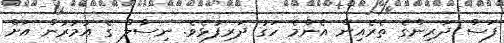
ފަސް ދަރިންގެ ތެރެއިން އެންމެ ހަގު ދަރިފުޅެވެ. ނިސާލް ގެ އުމުރުން އަށް